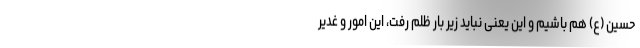
حسین (ع) هم باشیم و این یعنی نباید زیر بار ظلم رفت، این امور و غدیر